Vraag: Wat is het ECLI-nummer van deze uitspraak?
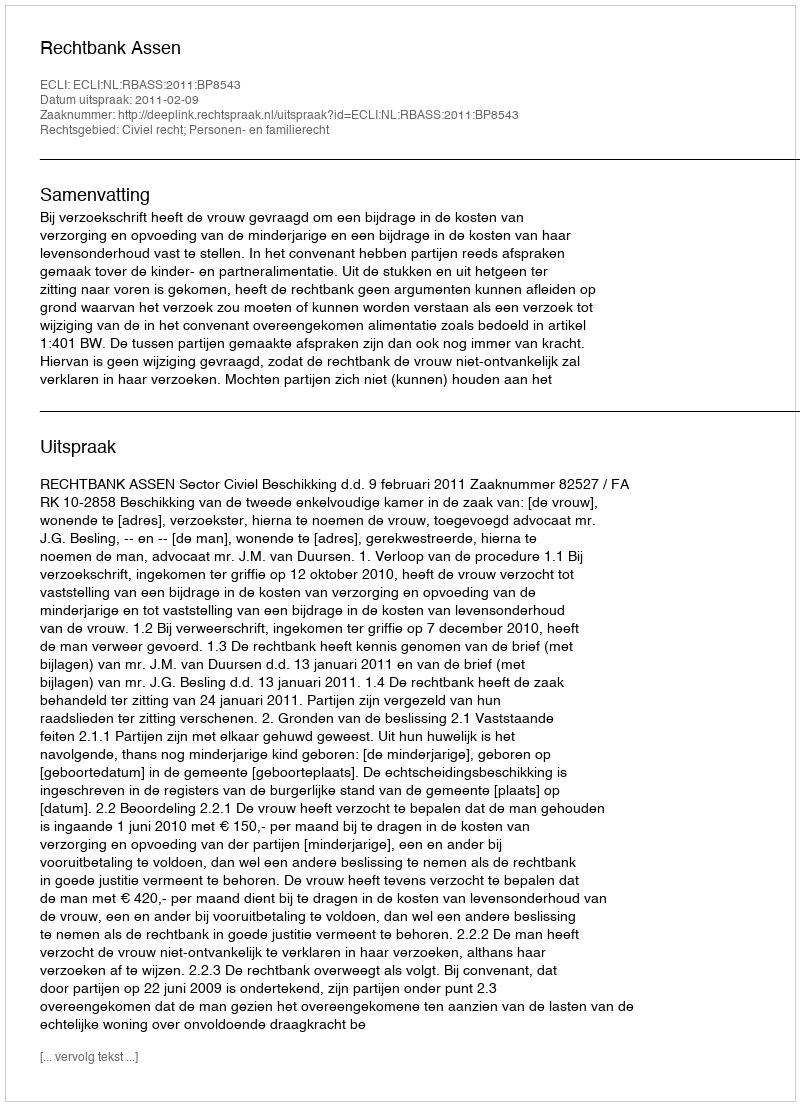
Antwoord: ECLI:NL:RBASS:2011:BP8543